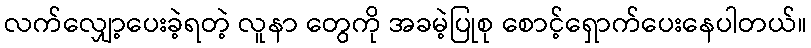
လက်လျှော့ပေးခဲ့ရတဲ့ လူနာ တွေကို အခမဲ့ပြုစု စောင့်ရှောက်ပေးနေပါတယ်။